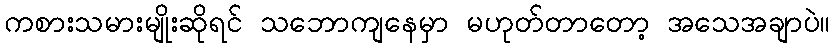
ကစားသမားမျိုးဆိုရင် သဘောကျနေမှာ မဟုတ်တာတော့ အသေအချာပဲ။